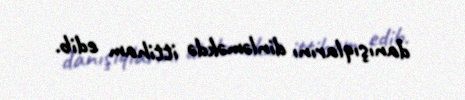
danışıqlarını dinləməkdə ittiham edib.